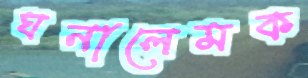
ঘনালেমক